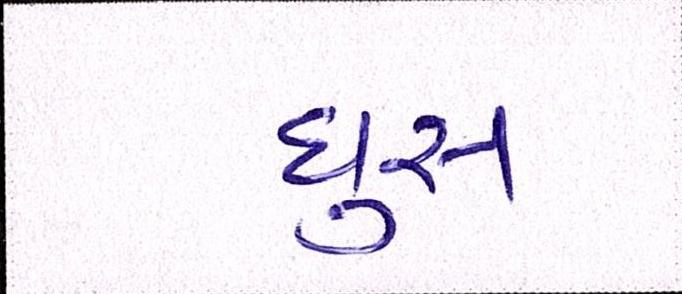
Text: ઘુસ